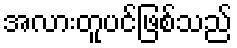
အလားတူပင်ဖြစ်သည်